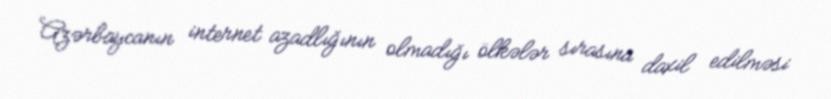
Azərbaycanın internet azadlığının olmadığı ölkələr sırasına daxil edilməsi